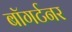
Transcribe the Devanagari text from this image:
बॉगर्टनर